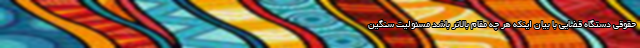
حقوقی دستگاه قضایی با بیان اینکه هر چه مقام بالاتر باشد مسئولیت سنگین